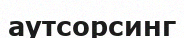
аутсорсинг